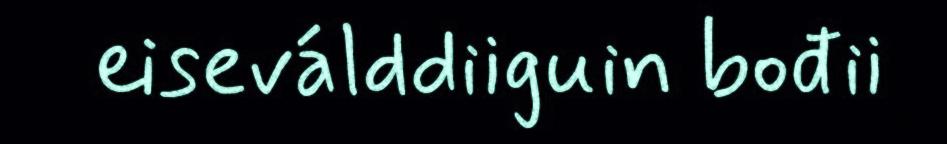
eiseválddiiguin bođii